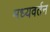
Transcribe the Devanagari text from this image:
मध्यवर्तन